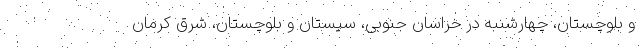
و بلوچستان، چهارشنبه در خراسان جنوبی، سیستان و بلوچستان، شرق کرمان